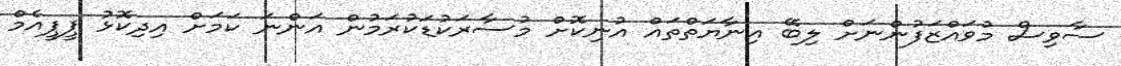
ސާވިސް މުވައްޒަފުންނަށް ލިބޭ އިނާޔަތްތައް އުނިކޮށް މުސާރަކުޑަކުރަމުން އަންނަ ކަމަށް އިދިކޮޅު ޕީޕީއެމް